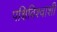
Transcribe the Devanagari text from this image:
पक्षिविश्वाशी